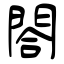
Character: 閤